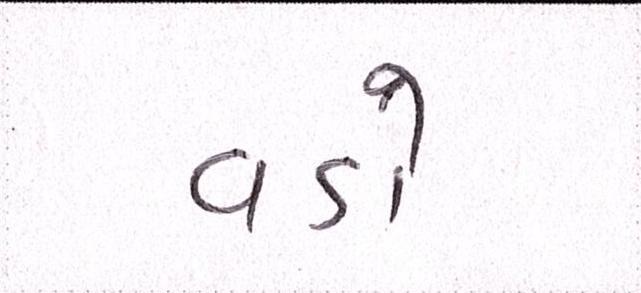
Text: વડો